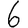
Digit: 6